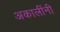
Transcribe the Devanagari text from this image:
अकालींनी